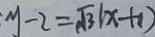
: y - 2 = \sqrt { 3 } ( x + 1 )